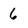
Character: 6